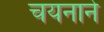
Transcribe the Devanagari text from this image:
चयनाने